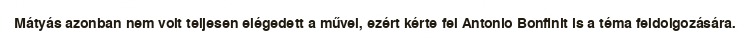
Mátyás azonban nem volt teljesen elégedett a művel, ezért kérte fel Antonio Bonfinit is a téma feldolgozására.